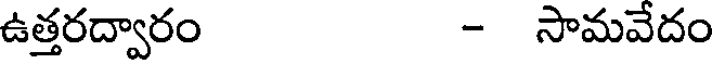
ఉత్తరద్వారం - సామవేదం